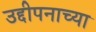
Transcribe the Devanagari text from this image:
उद्दीपनाच्या